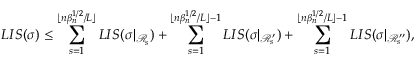
L I S ( \sigma ) \leq \sum _ { s = 1 } ^ { \lfloor n \beta _ { n } ^ { 1 \slash 2 } \slash L \rfloor } L I S ( \sigma | _ { \mathcal { R } _ { s } } ) + \sum _ { s = 1 } ^ { \lfloor n \beta _ { n } ^ { 1 \slash 2 } \slash L \rfloor - 1 } L I S ( \sigma | _ { \mathcal { R } _ { s } ^ { \prime } } ) + \sum _ { s = 1 } ^ { \lfloor n \beta _ { n } ^ { 1 \slash 2 } \slash L \rfloor - 1 } L I S ( \sigma | _ { \mathcal { R } _ { s } ^ { \prime \prime } } ) ,